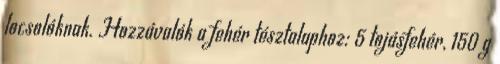
locsolóknak. Hozzávalók a fehér tésztalaphoz: 5 tojásfehér, 150 g